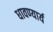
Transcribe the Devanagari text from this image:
धावण्यार्य